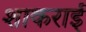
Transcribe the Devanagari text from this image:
शाकराई